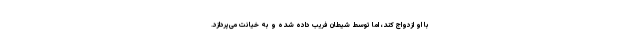
با او ازدواج کند، اما توسط شیطان فریب داده شده و به خیانت می‌پردازد.